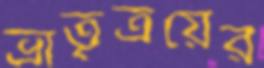
ভ্রাতৃত্রয়ের